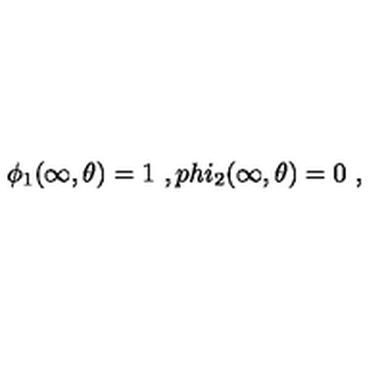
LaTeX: \phi _ { 1 } ( \infty , \theta ) = 1 \ , p h i _ { 2 } ( \infty , \theta ) = 0 \ ,